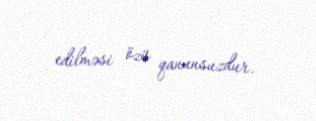
edilməsi özü qanunsuzdur.